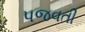
પજવતી